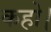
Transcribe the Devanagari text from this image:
कहो।